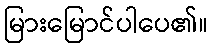
မြားမြောင်ပါပေ၏။